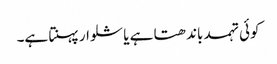
کوئی تہمد باندھتا ہے یا شلوار پہنتا ہے۔